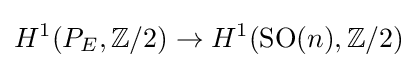
H^{1}(P_{E},\mathbb {Z} /2)\to H^{1}(\operatorname {SO} (n),\mathbb {Z} /2)